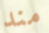
مند